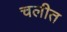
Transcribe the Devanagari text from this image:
चलीत